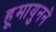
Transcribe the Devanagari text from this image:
हूमायुनने